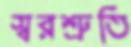
স্বরশ্রুতি